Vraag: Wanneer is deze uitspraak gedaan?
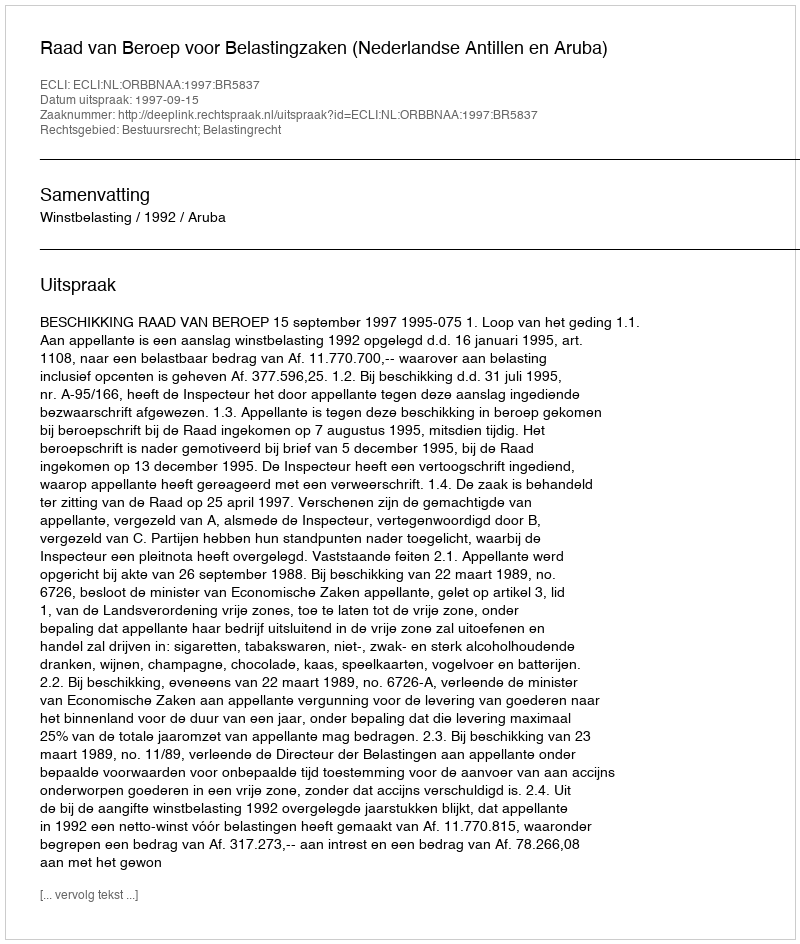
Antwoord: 1997-09-15